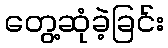
တွေ့ဆုံခဲ့ခြင်း